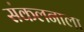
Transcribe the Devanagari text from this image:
संकलनाला